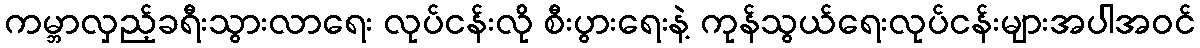
ကမ္ဘာလှည့်ခရီးသွားလာရေး လုပ်ငန်းလို စီးပွားရေးနဲ့ ကုန်သွယ်ရေးလုပ်ငန်းများအပါအဝင်